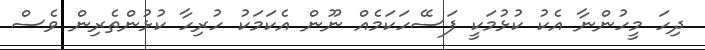
ދިހަ މީހުންނާ އެކު ކުޅުމަކީ ފަސޭހަކަމެއް ނޫން އެކަމަކު ހުރިހާ ކުޅުންތެރިން ވެސް